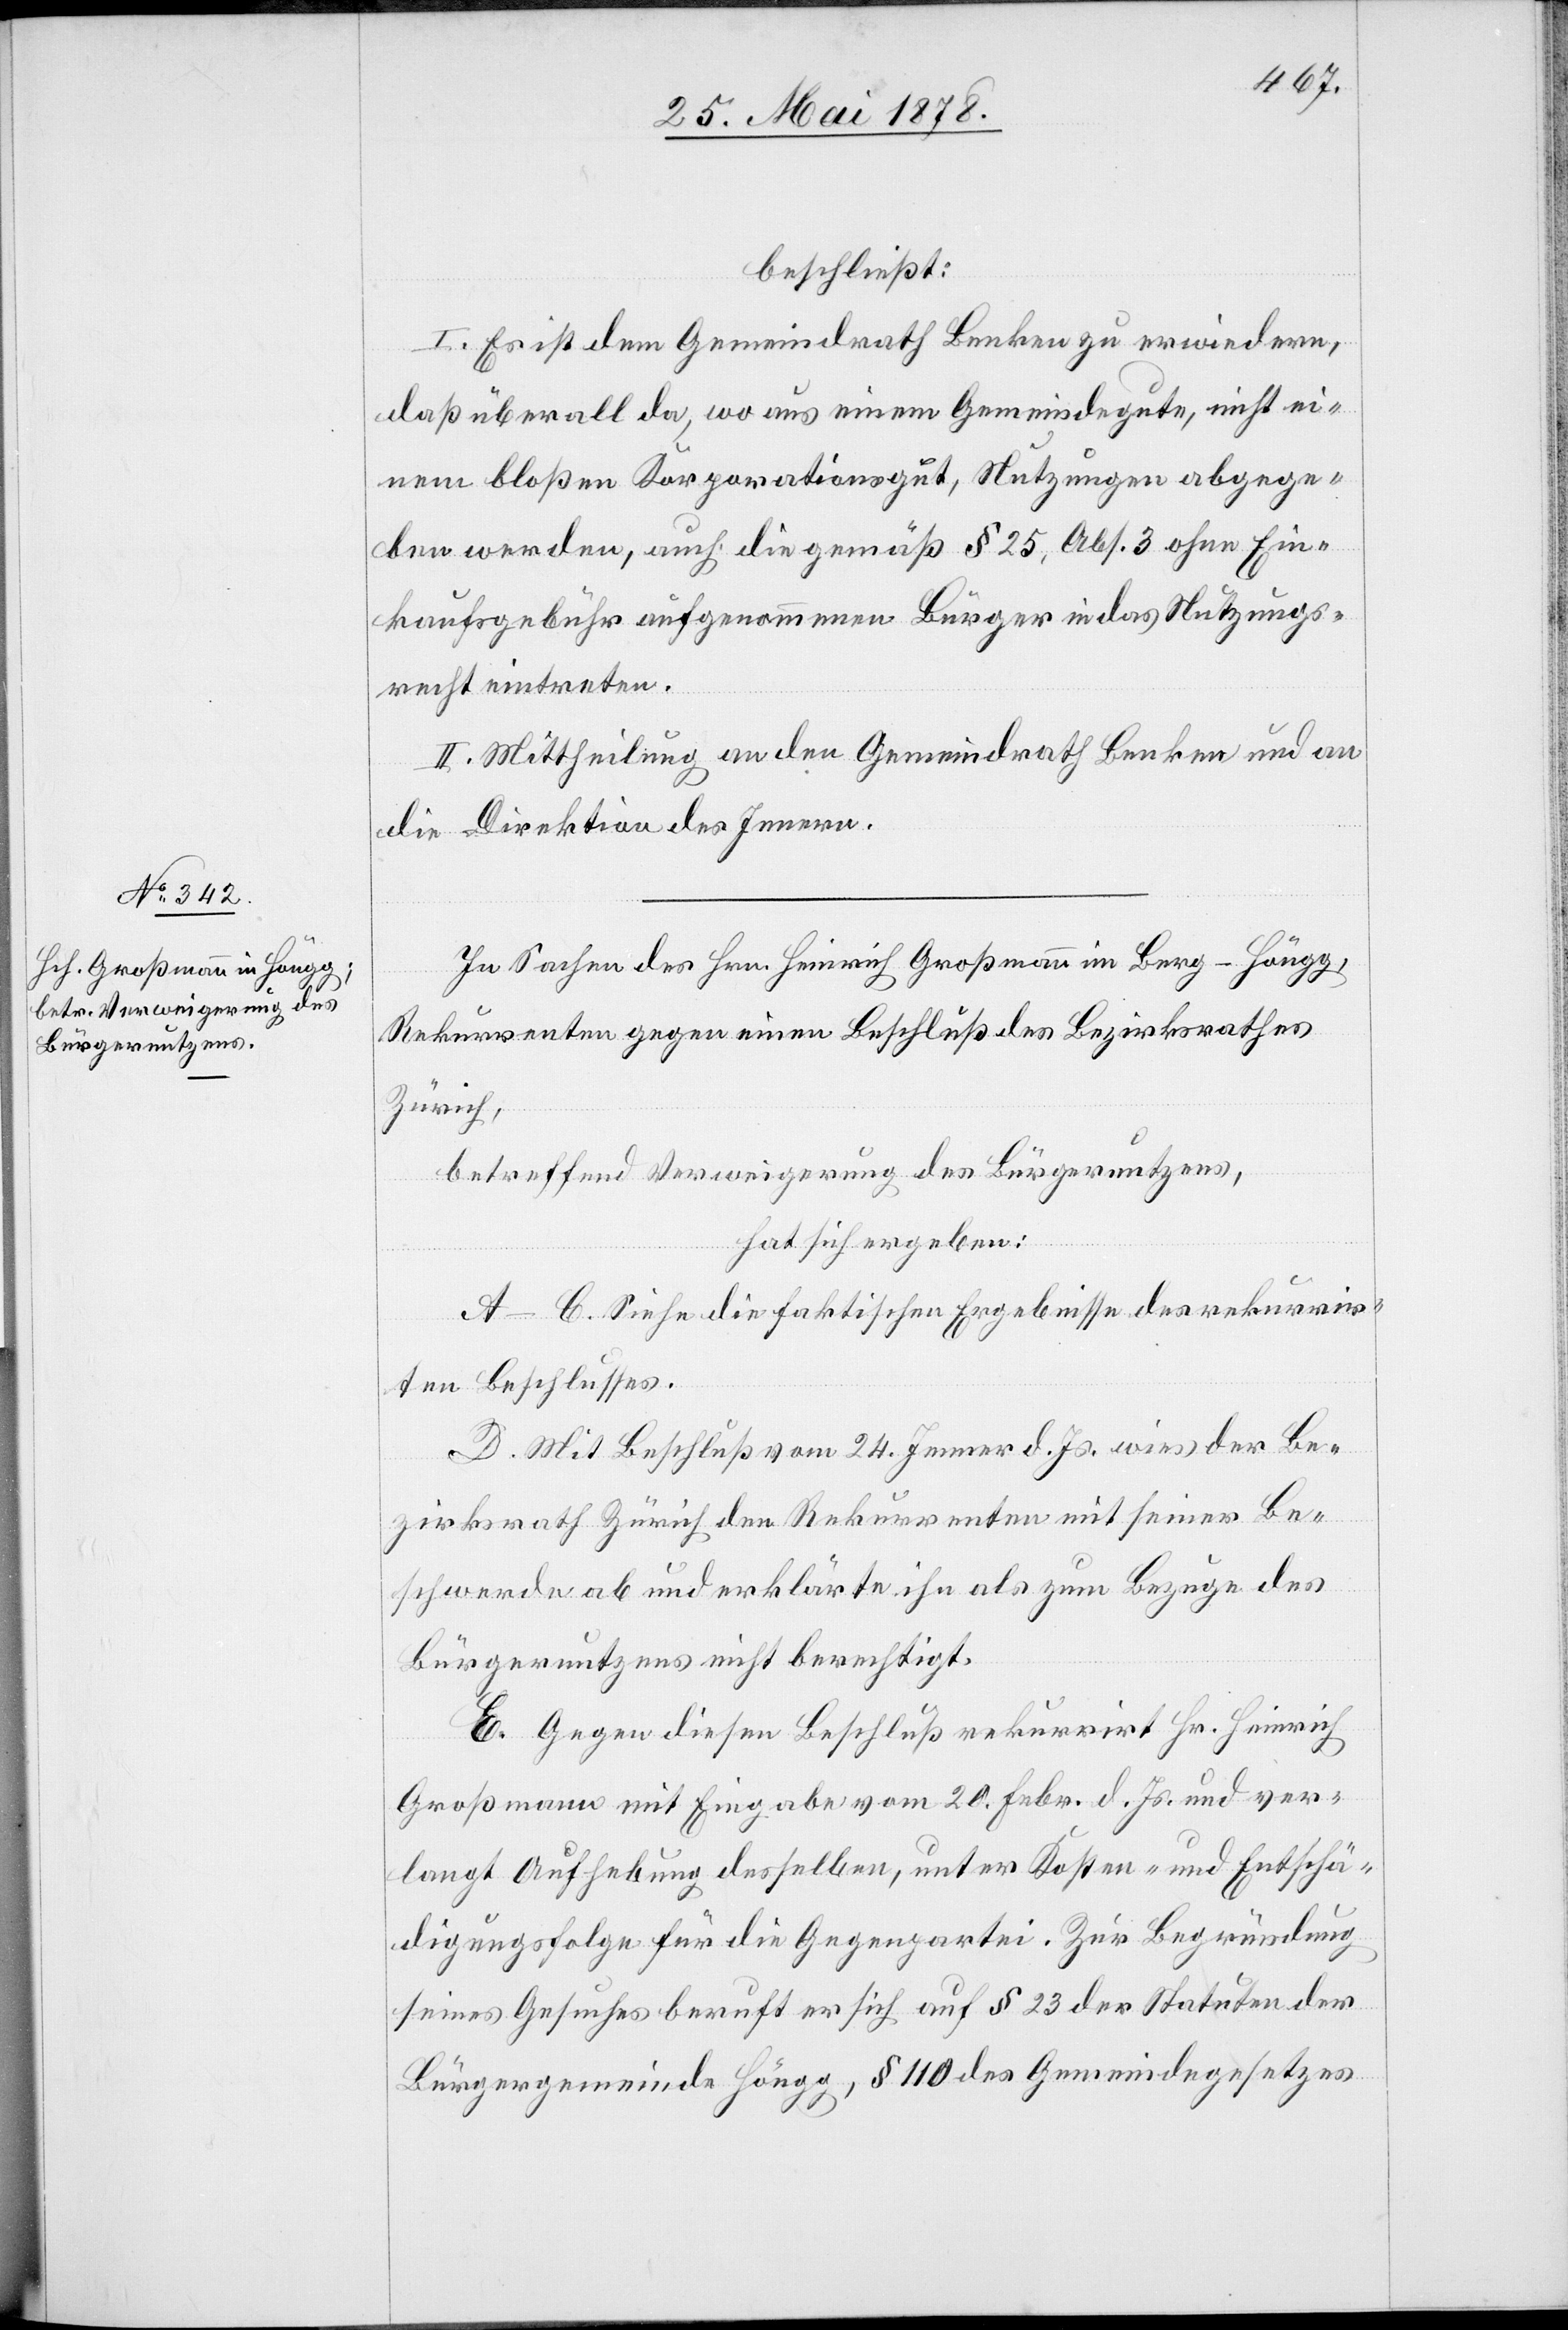
beschließt:
I. Es ist dem Gemeindrath Benken zu erwiedern,
daß überall da, wo aus einem Gemeindegute, nicht ei¬
nem bloßen Korporationsgut, Nutzungen abgege¬
ben werden, auch die gemäß § 25, Abs. 3 ohne Ein¬
kaufsgebühr aufgenommenen Bürger in das Nutzungs¬
recht eintreten.
II. Mittheilung an den Gemeindrath Benken und an
die Direktion des Innern.
In Sachen des Hrn. Heinrich Großmann im Berg - Höngg,
Rekurrenten gegen einen Beschluß des Bezirksrathes
Zürich,
betreffend Verweigerung des Bürgernutzens,
hat sich ergeben:
A–C. Siehe die faktischen Ergebnisse des rekurrir¬
ten Beschlusses.
D. Mit Beschluß vom 24. Jenner d. Js. wies der Be¬
zirksrath Zürich den Rekurrenten mit seiner Be¬
schwerde ab und erklärte ihn als zum Bezuge des
Bürgernutzens nicht berechtigt.
E. Gegen diesen Beschluß rekurrirt Hr. Heinrich
Großmann mit Eingabe vom 20. Febr. d. Js. und ver¬
langt Aufhebung desselben, unter Kosten- und Entschä¬
digungsfolge für die Gegenpartei. Zur Begründung
seines Gesuches beruft er sich auf § 23 der Statuten der
Bürgergemeinde Höngg, § 110 des Gemeindegesetzes